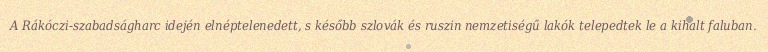
A Rákóczi-szabadságharc idején elnéptelenedett, s később szlovák és ruszin nemzetiségű lakók telepedtek le a kihalt faluban.